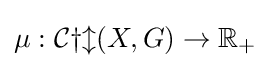
\mu :{\mathcal {Cyl}}(X,G)\to \mathbb {R} _{+}